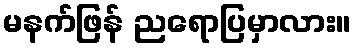
မနက်ဖြန် ညရောပြမှာလား။